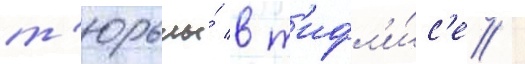
т'юрьмы́ в т'ифл'и́с'е /